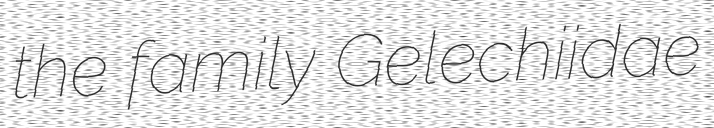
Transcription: the family Gelechiidae